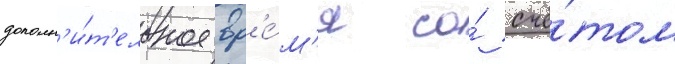
дополн'и́т'ельное вр'е́м'я со́ счё́том